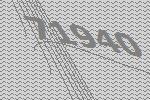
71940